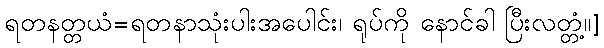
ရတနတ္တယံ=ရတနာသုံးပါးအပေါင်း၊ ရုပ်ကို နောင်ခါ ပြီးလတ္တံ့။]